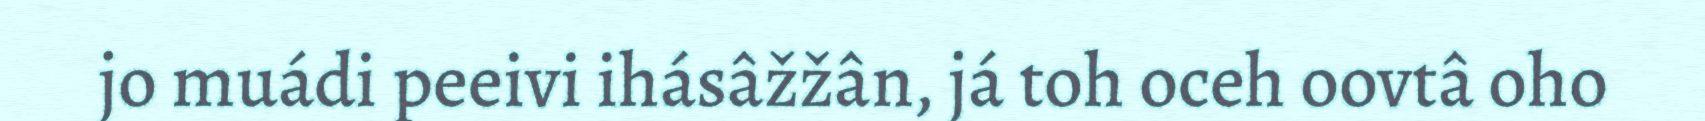
jo muádi peeivi ihásâžžân, já toh oceh oovtâ oho